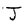
Character: J